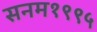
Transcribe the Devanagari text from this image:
सनम१९९५